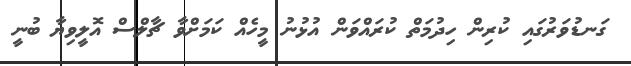
ގަނޑުވަރުގައި ކުރިން ހިދުމަތް ކުރައްވަން އުޅުނު މީހެއް ކަމަށްވާ ޗާލްސް އޮލީވިޔާ ބުނީ